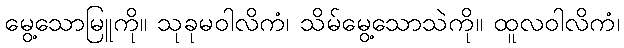
မွေ့သောမြူကို။ သုခုမဝါလိကံ၊ သိမ်မွေ့သောသဲကို။ ထူလဝါလိကံ၊